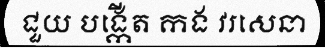
ជួយ បង្កើត កង វរសេនា